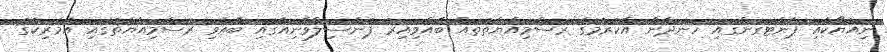
ނިއުޔޯކާއި ޕެންޓަގަންގައި ހަނދާން އާކުރުމުގެ ރަސްމިއްޔާތުތައް ބޭއްވިއިރު ޕެންސިލްވޭނިއާގައި ބޭއްވި ރަސްމިއްޔާތުގައި އެމެރިކާގެ